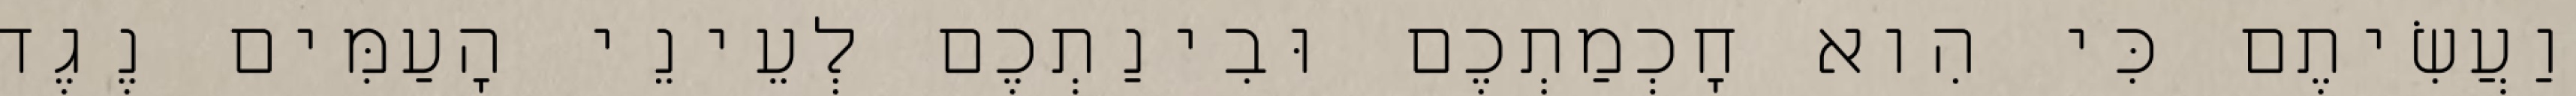
וַעֲשִׂיתֶם כִּי הִוא חׇכְמַתְכֶם וּבִינַתְכֶם לְעֵינֵי הָעַמִּים נֶגֶד